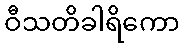
ဝီသတိခါရိကော